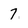
Character: 7